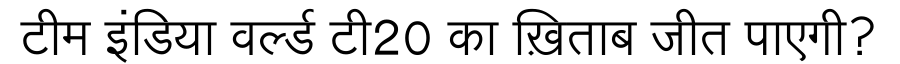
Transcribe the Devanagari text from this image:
टीम इंडिया वर्ल्ड टी20 का ख़िताब जीत पाएगी?